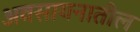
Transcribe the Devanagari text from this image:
अवसायनातील